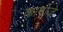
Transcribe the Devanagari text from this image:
कामोजे